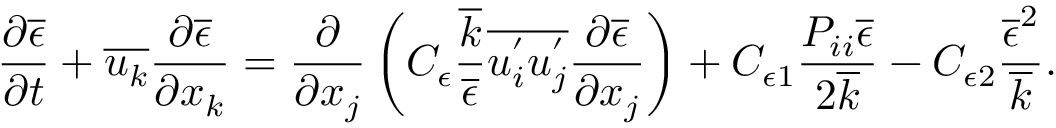
\frac { \partial \overline { { \epsilon } } } { \partial t } + \overline { { u _ { k } } } \frac { \partial \overline { { \epsilon } } } { \partial x _ { k } } = \frac { \partial } { \partial x _ { j } } \left( C _ { \epsilon } \frac { \overline { { k } } } { \overline { { \epsilon } } } \overline { { u _ { i } ^ { ' } u _ { j } ^ { ' } } } \frac { \partial \overline { { \epsilon } } } { \partial x _ { j } } \right) + C _ { \epsilon 1 } \frac { P _ { i i } \overline { { \epsilon } } } { 2 \overline { { k } } } - C _ { \epsilon 2 } \frac { \overline { { \epsilon } } ^ { 2 } } { \overline { { k } } } .